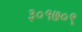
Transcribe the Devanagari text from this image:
३०१७०९